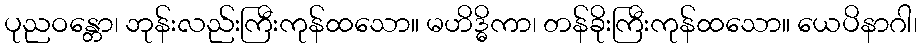
ပုညဝန္တော၊ ဘုန်းလည်းကြီးကုန်ထသော။ မဟိဒ္ဓိကာ၊ တန်ခိုးကြီးကုန်ထသော။ ယေပိနာဂါ၊